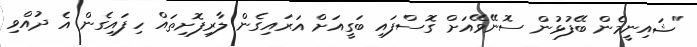
"ޝައިނީމެން ބޭފުޅުން ސޮނޭވޭއަށް ގޮސްފައި ބަގީއަށް އަރައިގެން ލާރިފޮށިތައް ހިފައިގެން އެ ދުއްވި